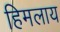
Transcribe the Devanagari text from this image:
हिमलाय